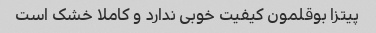
پیتزا بوقلمون کیفیت خوبی ندارد و کاملا خشک است